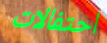
احتفالات